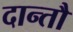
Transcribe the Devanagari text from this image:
दान्तौ